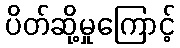
ပိတ်ဆို့မှုကြောင့်